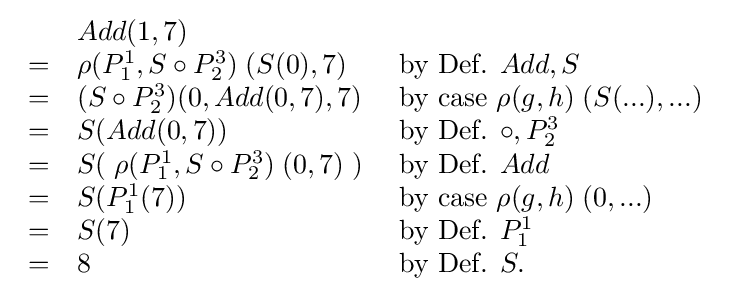
{\begin{array}{lll}&Add(1,7)\\=&\rho (P_{1}^{1},S\circ P_{2}^{3})\;(S(0),7)&{\text{ by Def. }}Add,S\\=&(S\circ P_{2}^{3})(0,Add(0,7),7)&{\text{ by case }}\rho (g,h)\;(S(...),...)\\=&S(Add(0,7))&{\text{ by Def. }}\circ ,P_{2}^{3}\\=&S(\;\rho (P_{1}^{1},S\circ P_{2}^{3})\;(0,7)\;)&{\text{ by Def. }}Add\\=&S(P_{1}^{1}(7))&{\text{ by case }}\rho (g,h)\;(0,...)\\=&S(7)&{\text{ by Def. }}P_{1}^{1}\\=&8&{\text{ by Def. }}S.\\\end{array}}